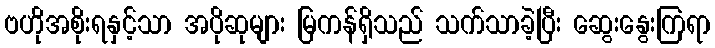
ဗဟိုအစိုးရနှင့်သာ အပိုဆုများ မြကန်ရှိသည် သက်သာခဲ့ပြီး ဆွေးနွေးကြရာ